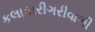
કલાકારીગરીવાળી